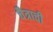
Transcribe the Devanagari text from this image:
चैत्राची